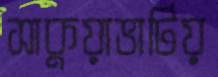
সাকুয়াভাটিয়